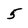
Character: 5